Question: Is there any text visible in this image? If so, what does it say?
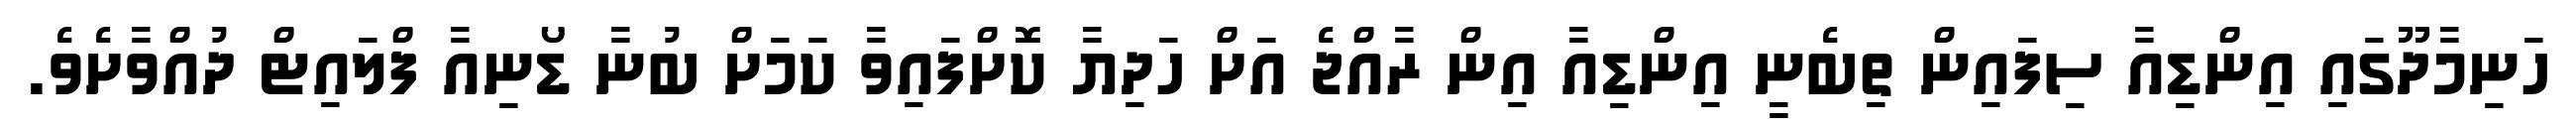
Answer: ހަނިމާދޫގައި އިންޑިއާ ސިފައިން ތިބެނީ އިންޑިއާ އިން ރާއްޖެ އަށް ހަދިޔާ ކޮށްފައިވާ ކަމަށް ބުނާ ޑޯނިއާ ފްލައިޓް ދުއްވާށެވެ.